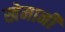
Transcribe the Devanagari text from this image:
खेमानी